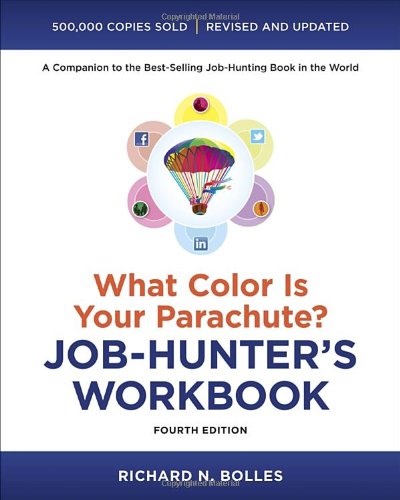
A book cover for What Color Is Your Parachute? Job-Hunter's Workbook, Fourth Edition; Richard N. Bolles; Business & Money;